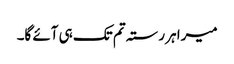
میرا ہر رستہ تم تک ہی آئے گا۔